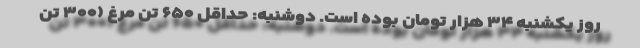
روز یکشنبه ۳۴ هزار تومان بوده است. دوشنبه: حداقل ۶۵۰ تن مرغ (۳۰۰ تن